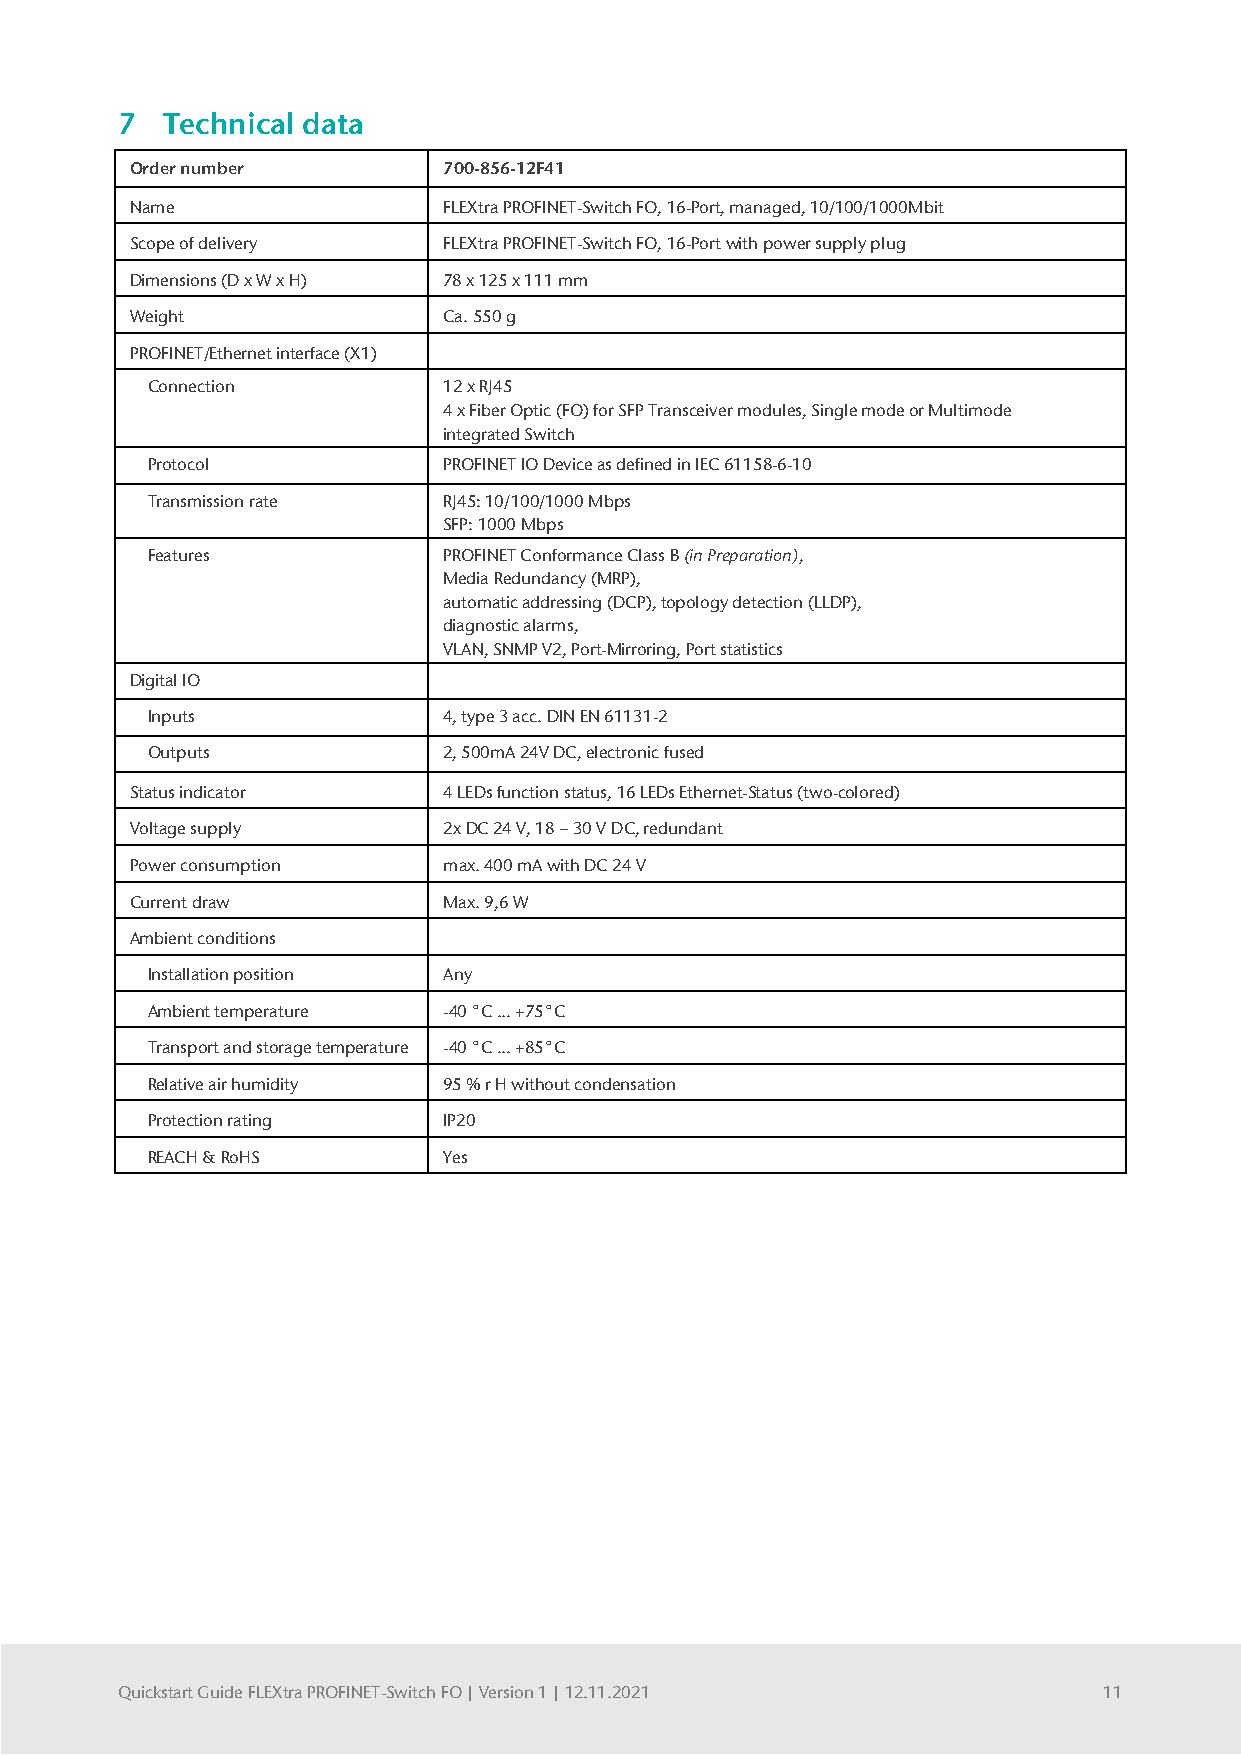
7  Technical data
 Order number        700-856-12F41
 Name                FLEXtra PROFINET-Switch FO, 16-Port, managed, 10/100/1000Mbit
 Scope of delivery   FLEXtra PROFINET-Switch FO, 16-Port with power supply plug
 Dimensions (D x W x H) 78 x 125 x 111 mm
 Weight              Ca. 550 g
 PROFINET/Ethernet interface (X1)
 Connection         12 x RJ45
 4 x Fiber Optic (FO) for SFP Transceiver modules, Single mode or Multimode
 integrated Switch
 Protocol           PROFINET IO Device as defined in IEC 61158-6-10
 Transmission rate  RJ45: 10/100/1000 Mbps
 SFP: 1000 Mbps
 Features           PROFINET Conformance Class B (in Preparation),
 Media Redundancy (MRP),
 automatic addressing (DCP), topology detection (LLDP),
 diagnostic alarms,
 VLAN, SNMP V2, Port-Mirroring, Port statistics
 Digital IO
 Inputs             4, type 3 acc. DIN EN 61131-2
 Outputs            2, 500mA 24V DC, electronic fused
 Status indicator    4 LEDs function status, 16 LEDs Ethernet-Status (two-colored)
 Voltage supply      2x DC 24 V, 18 − 30 V DC, redundant
 Power consumption   max. 400 mA with DC 24 V
 Current draw        Max. 9,6 W
 Ambient conditions
 Installation position Any
 Ambient temperature -40 °C ... +75°C
 Transport and storage temperature -40 °C ... +85°C
 Relative air humidity 95 % r H without condensation
 Protection rating  IP20
 REACH & RoHS       Yes
 Quickstart Guide FLEXtra PROFINET-Switch FO | Version 1 | 12.11.2021 11